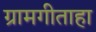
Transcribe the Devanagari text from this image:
ग्रामगीताहा